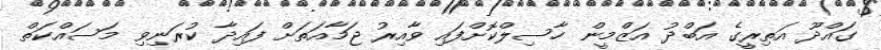
ގައްދޫ އަތިރީގެ އަބްދު އަޒްމީން ހާސިލްކޮށްފައި ވާއިރު ޖަމާއަތަށް ފައިދާ ކުރަނިވި މަސައްކަތް